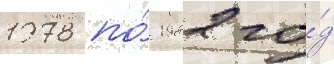
1978 по́ 1982 го́д